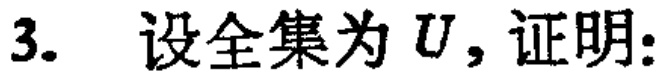
3. 设全集为 \(U\)，证明：